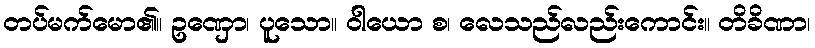
တပ်မက်မော၏။ ဥဏှော၊ ပူသော။ ဝါယော စ၊ လေသည်လည်းကောင်း။ တိခိဏာ၊